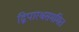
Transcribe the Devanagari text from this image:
द्विपारश्वसममित